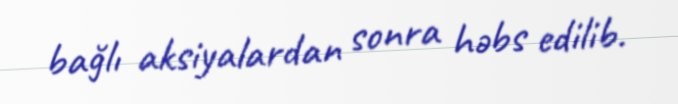
bağlı aksiyalardan sonra həbs edilib.